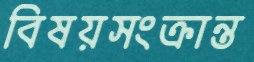
বিষয়সংক্রান্ত